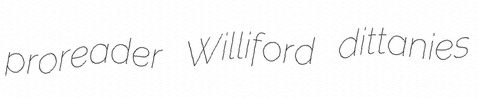
proreader Williford dittanies